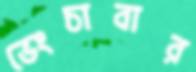
ভেংচাবার